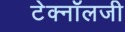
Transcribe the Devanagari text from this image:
टेक्‍नॉलजी